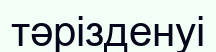
тәрізденуі